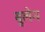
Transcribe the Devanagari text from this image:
बुलेन